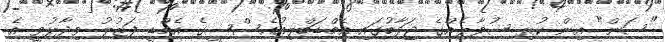
"ސަން" އިން ކުރި ސުވާލެއްގެ ޖަވާބުގައި އެމްޑަބްލިއުއެސްސީގެ އެމްޑީ ފަޒުލު ވިދާޅުވީ އެ